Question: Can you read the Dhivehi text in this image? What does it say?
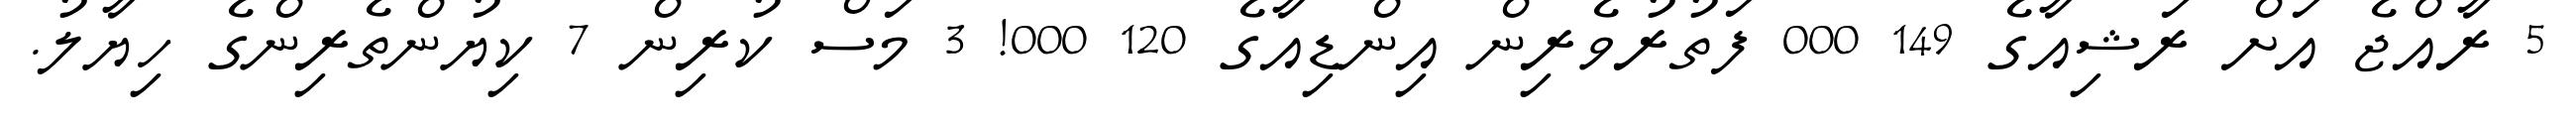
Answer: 5 ރާއްޖެ އަށް ރަޝިއާގެ 149 000 ފަތުރުވެރިން އިންޑިއާގެ 120 000! 3 މަސް ކުރިން 7 ކިޔުންތެރިންގެ ހިޔާލު.